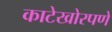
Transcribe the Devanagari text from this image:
काटेखोरपणे